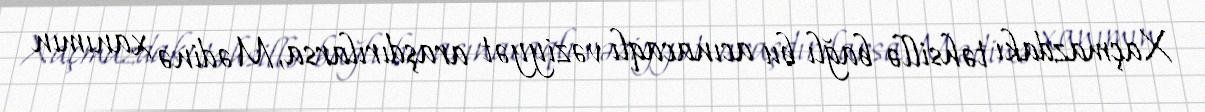
Xaçmazdakı təhsillə bağlı bu acınacaqlı vəziyyət araşdırılarsa, Mədinə xanımın